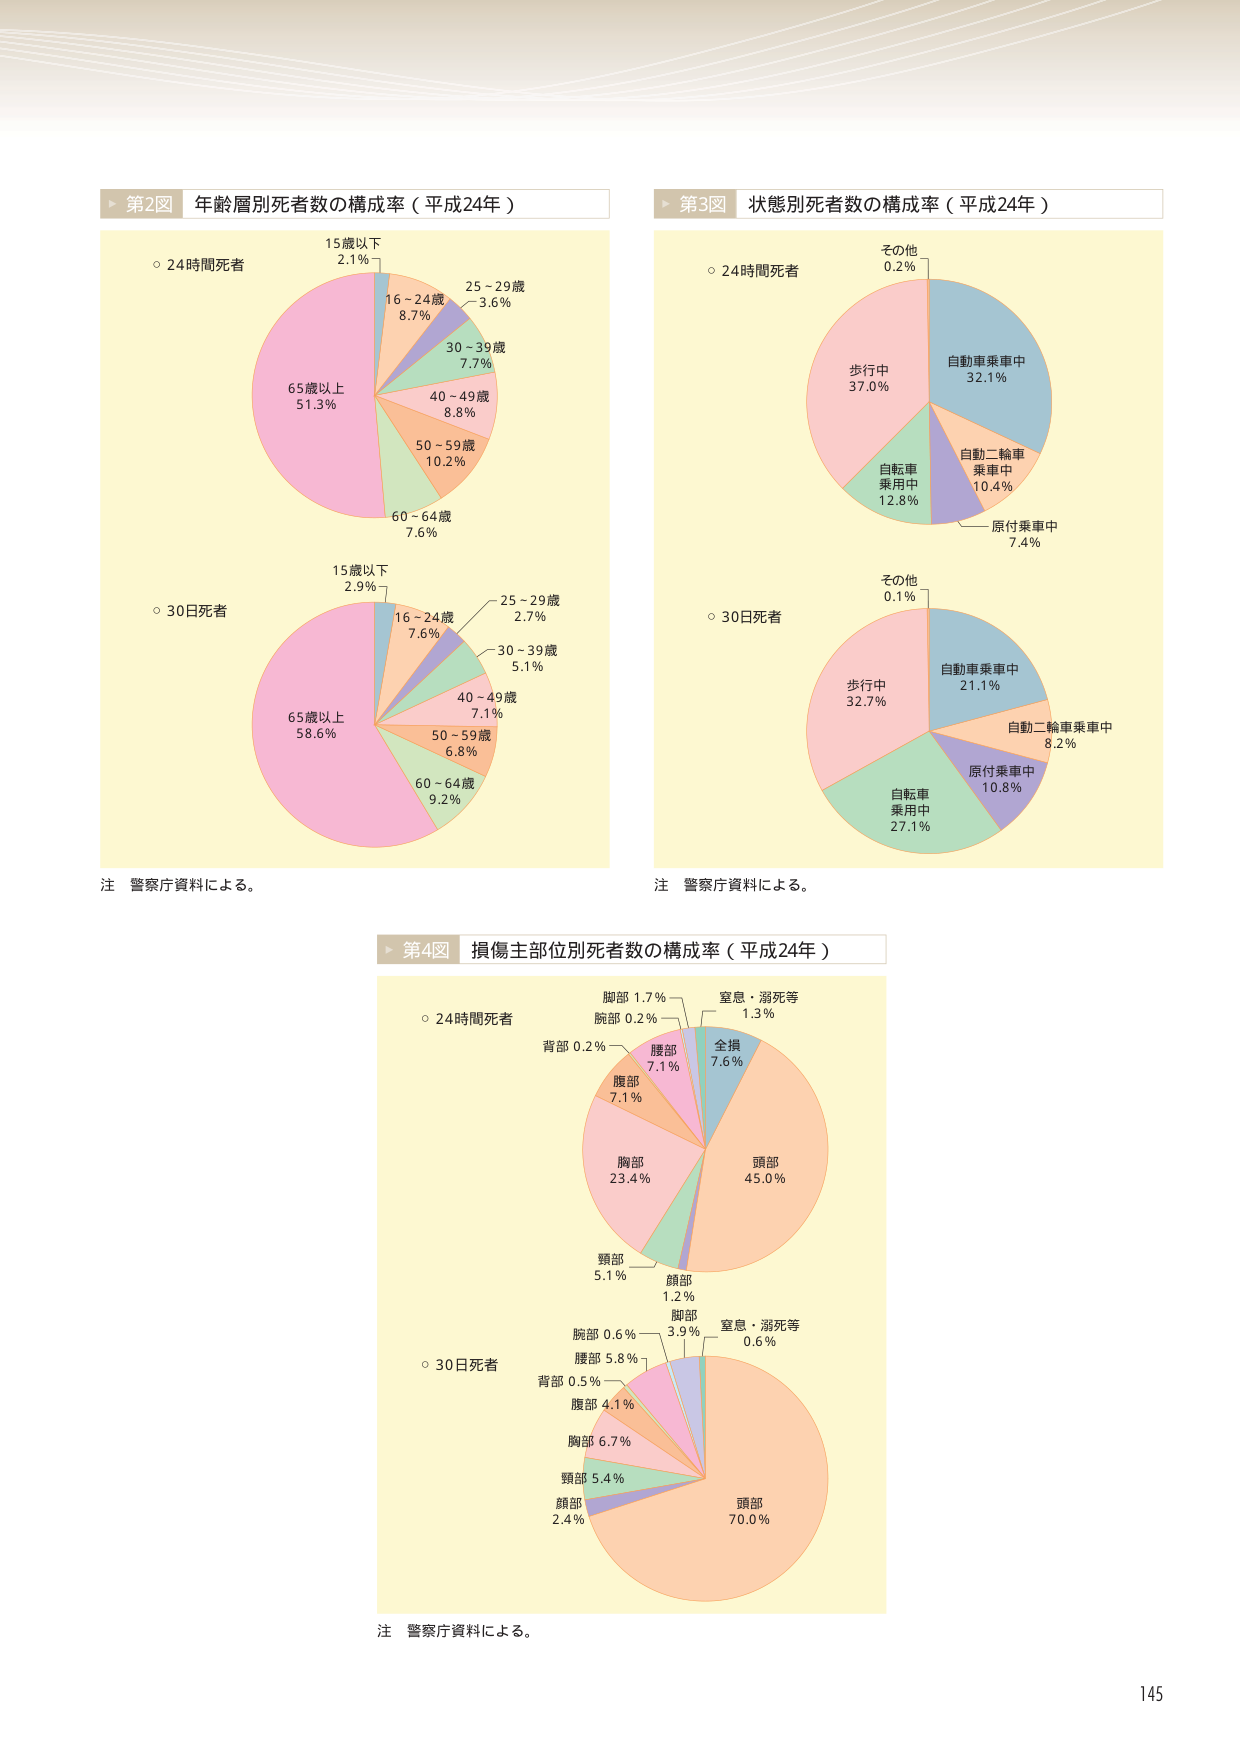
第2図 年齢層別死者数の構成率（平成24年）

○ 24時間死者
15歳以下 2.1%
16～24歳 8.7%
25～29歳 3.6%
30～39歳 7.7%
40～49歳 8.8%
50～59歳 10.2%
60～64歳 7.6%
65歳以上 51.3%

○ 30日死者
15歳以下 2.9%
16～24歳 7.6%
25～29歳 2.7%
30～39歳 5.1%
40～49歳 7.1%
50～59歳 6.8%
60～64歳 9.2%
65歳以上 58.6%

注 警察庁資料による。

第3図 状態別死者数の構成率（平成24年）

○ 24時間死者
その他 0.2%
歩行中 37.0%
自転車乗用中 12.8%
自動二輪車乗車中 10.4%
原付乗車中 7.4%
自動車乗車中 32.1%

○ 30日死者
その他 0.1%
歩行中 32.7%
自転車乗用中 27.1%
自動二輪車乗車中 8.2%
原付乗車中 10.8%
自動車乗車中 21.1%

注 警察庁資料による。

第4図 損傷主部位別死者数の構成率（平成24年）

○ 24時間死者
頭部 45.0%
頸部 5.1%
胸部 23.4%
腹部 7.1%
腰部 7.1%
背部 0.2%
腕部 0.2%
脚部 1.7%
窒息・溺死等 1.3%
全損 7.6%

○ 30日死者
頭部 70.0%
頸部 5.4%
胸部 6.7%
腹部 4.1%
腰部 5.8%
背部 0.5%
腕部 0.6%
脚部 3.9%
顔部 2.4%
窒息・溺死等 0.6%

注 警察庁資料による。

145